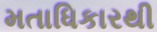
મતાધિકારથી